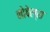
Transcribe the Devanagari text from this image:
नोबेल्स